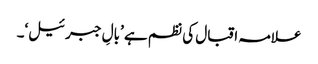
علامہ اقبال کی نظم ہے ’بالِ جبرئیل‘۔